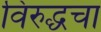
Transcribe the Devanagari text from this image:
विरुद्धचा